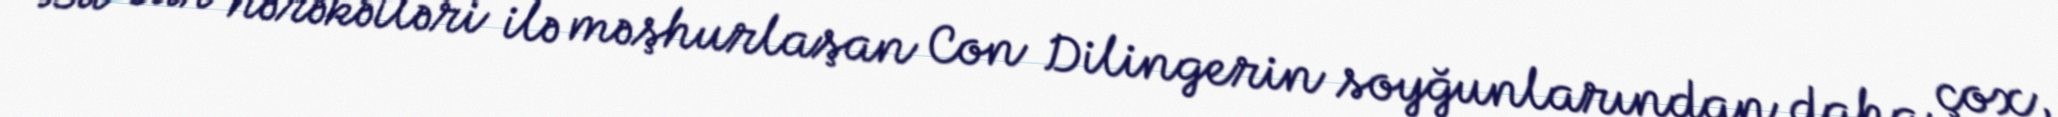
Bu cür hərəkətləri ilə məşhurlaşan Con Dilingerin soyğunlarından daha çox,